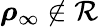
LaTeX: \boldsymbol{\rho}_{\infty}\not\in\mathcal{R}